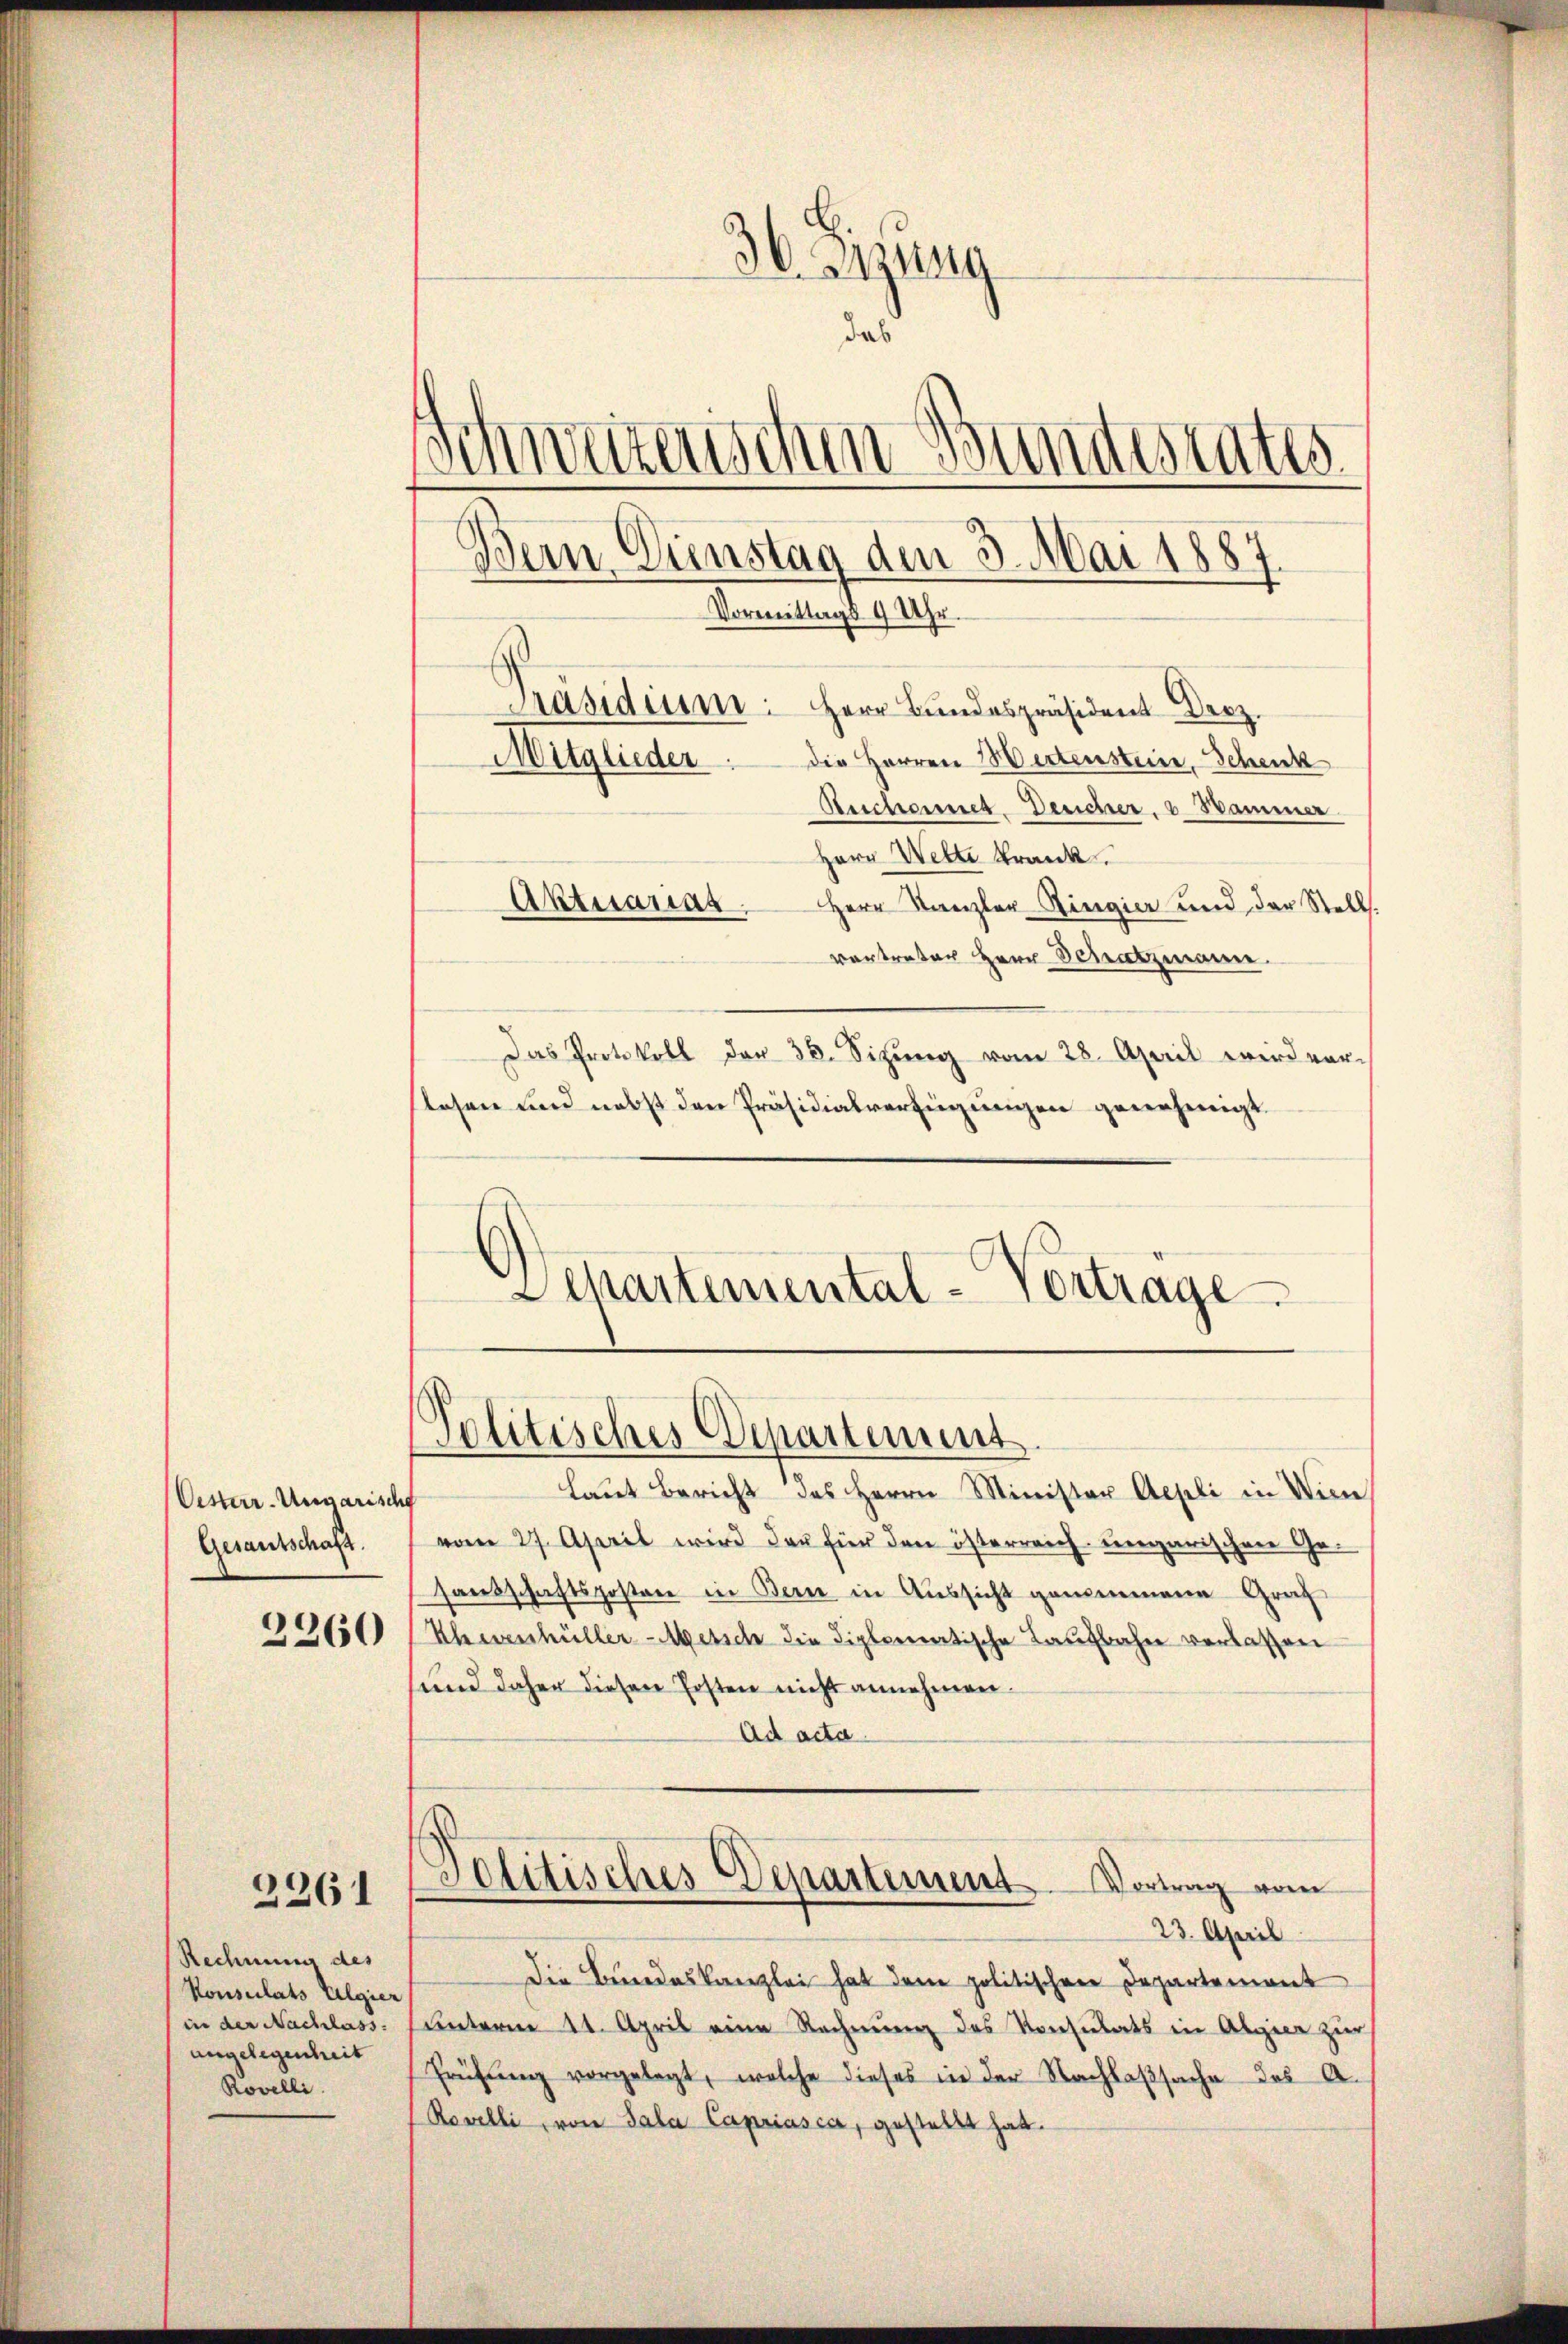
Oester-Ungarische
Gesantschaft.

2360

2261

Rechnung des
Konsulats Algier
in der Nachlass
angelegenheit
Rovelli

36. Jung
i
.
Schweizerischen Bundesrates
Bern Dienstag dem 3. Mai 1887.
Vormittags 9 Uhr.
Präsidium: Herr Bundespräsident Dez.
die Herren Wertensteine, Schenk
Mitglieder
Rechannes Deucher, v. Hammer.

Herr Wette Krank
Aktuariat. Herr Kanzler Ringier und der Stell.
vertreter Herr Schatzmann.
Das Protokoll der 30. Sizung vom 28. April wird vor-
slesen und nebst den Präsidialverfügungen genehmigt.
Schartemental-Vortrage

Politisches Departement.

Laut Bericht des Herrn Minister Aepli in Wien
vom 27. April wird der für den österreich ungarischen Ge-
santschaftsposten in Bern in Aussicht genommene Graf
Khevenhüller-Metsch die diplomatische Laufbahn verlassen
sund daher diesen Posten nicht annehmen.
Ad acta.
Politisches Departement Vortrag vom
23. April
Die Bundeskanzlei hat dem politischen Departement
unterm 11. April eine Rechnung des Konsulats in Algien zur
Frühŭng vorgelegt, welche dieses in der Nachlaβsache des A.
Rovelli, von Sala Capriasca, gestellt hat.